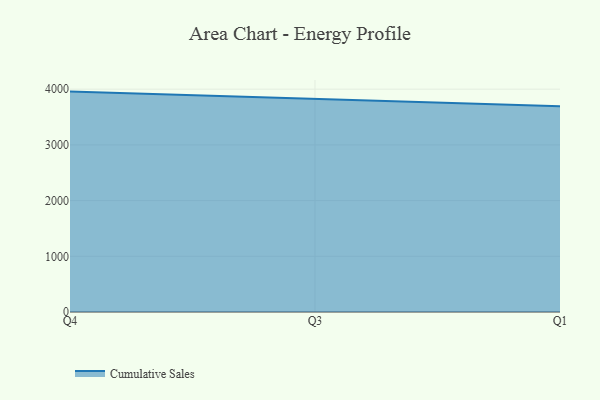
{"axis": {"x": "Quarter", "y": "Customer Acquisition Cost (USD)"}, "legend": ["Cumulative Sales"], "data": [{"x": "Q4", "y": 3956.6, "type": "Cumulative Sales"}, {"x": "Q3", "y": 3820.9, "type": "Cumulative Sales"}, {"x": "Q1", "y": 3694.5, "type": "Cumulative Sales"}]}